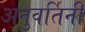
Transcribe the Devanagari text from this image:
अनुवर्तिनी